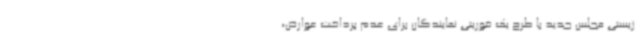
زیستی مجلس جدید با طرح یک فوریتی نمایندگان برای عدم پرداخت عوارض،